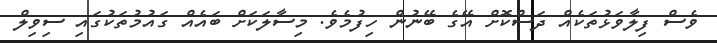
ވެސް ފިލާވަޅުތަކެއް ދަސްކޮށް އޭގެ ބޭނުން ހިފުމެވެ. މިސާލަކަށް ބައެއް ގައުމުތަކުގައި ސިވިލް